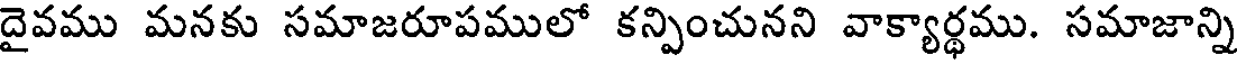
దైవము మనకు సమాజరూపములో కన్పించునని వాక్యార్ధము. సమాజాన్ని